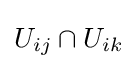
U_{ij}\cap U_{ik}